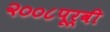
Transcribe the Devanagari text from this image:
२००८पूर्वी